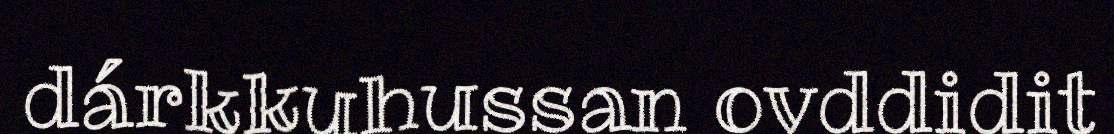
dárkkuhussan ovddidit